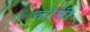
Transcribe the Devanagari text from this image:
जोषी